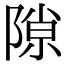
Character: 隙